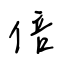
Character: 倍